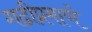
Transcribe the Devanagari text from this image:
गढीप्रमाणे